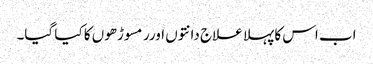
اب اس کا پہلا علاج دانتوں اورر مسوڑھوں کا کیا گیا۔